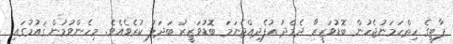
ޕާޓީގެ ހިތްހަމަނުޖެހުން ބޮޑުވަޒީރާ ދެމެދު އުފެދިއްޖެނަމަ ބޮޑުވަޒީރު ބަދަލު ކުރެވެއެވެ. މިހެންވުމުން ޤައުމުގައި